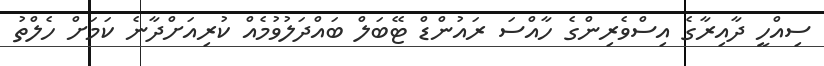
ސިއްހީ ދާއިރާގެ އިސްވެރިންގެ ހާއްސަ ރައުންޑް ޓޭބަލް ބައްދަލުވުމެއް ކުރިއަށްދާނެ ކަމަށް ހެލްތު